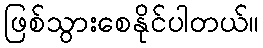
ဖြစ်သွားစေနိုင်ပါတယ်။